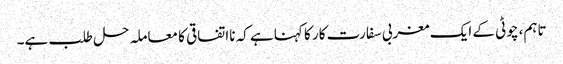
تاہم، چوٹی کے ایک مغربی سفارت کار کا کہنا ہے کہ نااتفاقی کا معاملہ حل طلب ہے۔